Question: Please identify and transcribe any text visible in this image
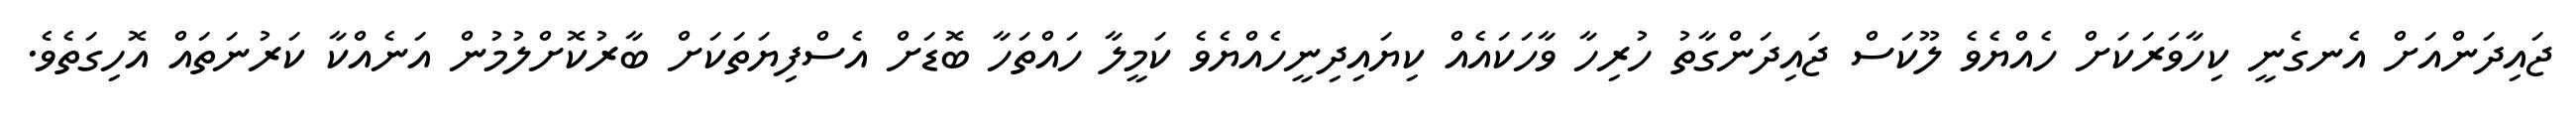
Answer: ޖައިދަންއަށް އެނގެނީ ކިހާވަރަކަށް ހެއްޔެވެ ލޫކަސް ޖައިދަންގާތު ހުރިހާ ވާހަކައެއް ކިޔައިދިނީހެއްޔެވެ ކަމީލާ ހައްތަހާ ބޮޑަށް އެސްފިޔަތަކަށް ބާރުކޮށްލުމުން އަނެއްކާ ކަރުނަތައް އޮހިގަތެވެ.